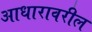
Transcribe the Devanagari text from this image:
आधारावरील